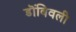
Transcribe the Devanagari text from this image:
डॊंबिवली